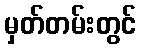
မှတ်တမ်းတွင်